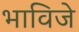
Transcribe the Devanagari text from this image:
भाविजे